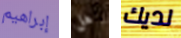
إبراهيم هل لديك